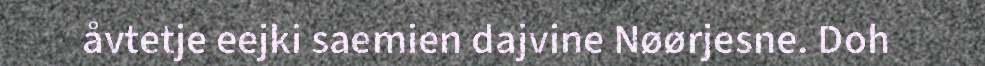
åvtetje eejki saemien dajvine Nøørjesne. Doh